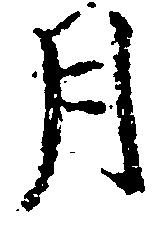
月